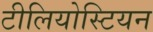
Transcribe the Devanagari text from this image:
टीलियोस्टियन